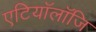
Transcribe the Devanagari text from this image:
एटियॉलॉजि